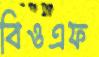
বিওএফ